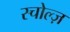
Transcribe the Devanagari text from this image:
स्चोल्ज़